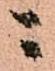
ニ